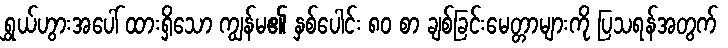
ရွှယ်ဟွားအပေါ် ထားရှိသော ကျွန်မ၏ နှစ်ပေါင်း ၈၀ စာ ချစ်ခြင်းမေတ္တာများကို ပြသရန်အတွက်